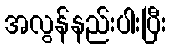
အလွန်နည်းပါးပြီး